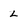
Character: L